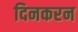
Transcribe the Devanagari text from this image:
दिनकरन